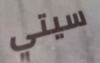
سيتي